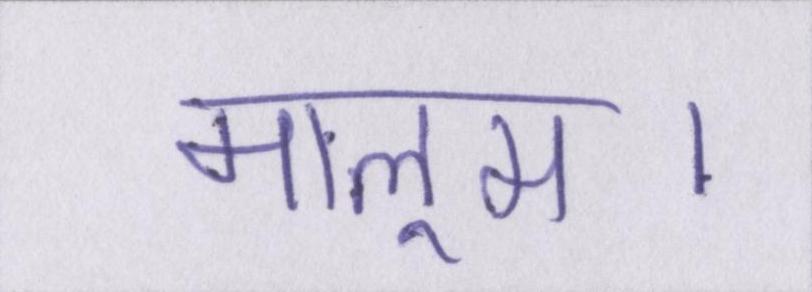
मालूम।